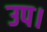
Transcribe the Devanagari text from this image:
उप।